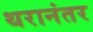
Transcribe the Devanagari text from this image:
थरानंतर